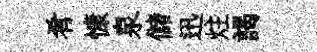
肴慷泉儲迅炷謁